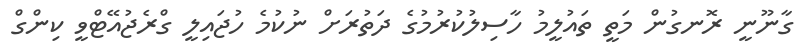
ގާނޫނީ ރޮނގުން މަތީ ތައުލީމު ހާސިލުކުރުމުގެ ދަތުރަށް ނުކުމެ ހުޖައިލީ ގްރެޖުއޭޓްވީ ކިންގް